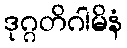
ဒုဂ္ဂတိဂါမိနံ